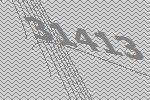
31413